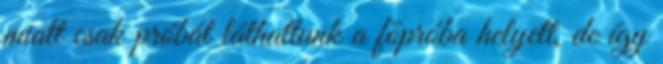
miatt csak próbát láthattunk a főpróba helyett, de így